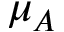
\mu _ { A }